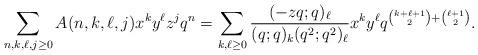
LaTeX: \begin{align*}\sum_{n,k,\ell,j\ge 0}A(n,k,\ell,j)x^k y^{\ell} z^j q^n &= \sum_{k,\ell\ge 0}\frac{(-zq;q)_{\ell}}{(q;q)_k(q^2;q^2)_{\ell}}x^k y^{\ell}q^{\binom{k+\ell+1}{2}+\binom{\ell+1}{2}}.\end{align*}